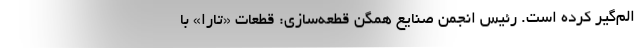
الم‌گیر کرده است. رئیس انجمن صنایع همگن قطعه‌سازی: قطعات «تارا» با